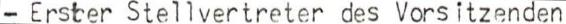
- Erster Stellvertreter des Vorsitzenden